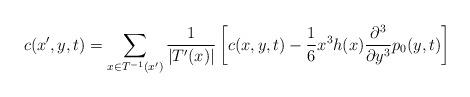
LaTeX: \begin{align*} c(x',y,t) = \sum_{x\in T^{-1}(x')} \frac{1}{\vert T'(x) \vert}\left[c(x,y,t)-\frac{1}{6}x^{3}h(x)\frac{\partial^{3}}{\partial y^{3}}p_{0}(y,t)\right]\end{align*}